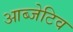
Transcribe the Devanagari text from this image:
आब्जेटिव